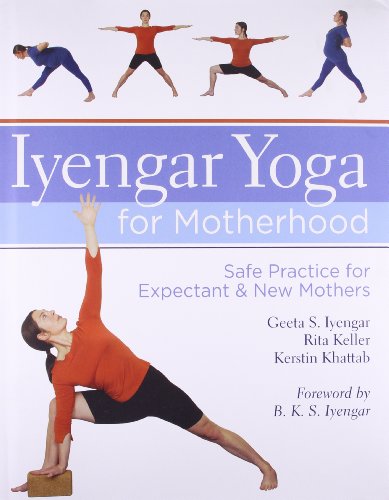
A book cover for Iyengar Yoga for Motherhood: Safe Practice for Expectant & New Mothers; Geeta S. Iyengar; Parenting & Relationships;